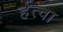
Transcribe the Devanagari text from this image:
र्हत्वा